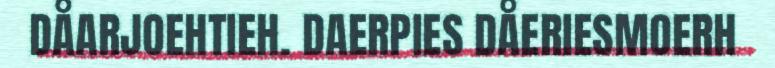
DÅARJOEHTIEH. DAERPIES DÅERIESMOERH